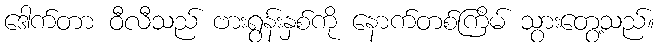
ဒေါက်တာ ဝီလီသည် ဗားရွန်းနှစ်ကို နောက်တစ်ကြိမ် သွားတွေ့သည်။